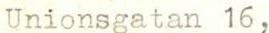
Unionsgatan 16,